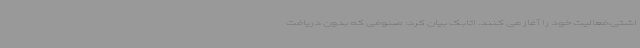
اشتی،فعالیت خود را آغاز می کنند. اتابک بیان کرد: صنوفی که بدون دریافت